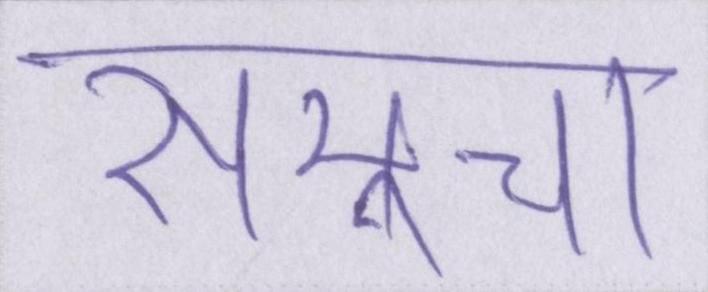
समूचा